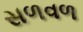
સળવળ